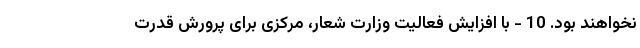
نخواهند بود. 10 - با افزایش فعالیت وزارت شعار، مرکزی برای پرورش قدرت